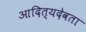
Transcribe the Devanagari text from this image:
आदित्यदेवता